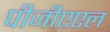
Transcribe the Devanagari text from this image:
पीजीएएल